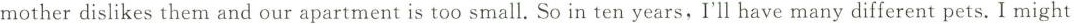
motherdislikes them and our apartment is too small. So in ten years,I'll have many different pets. I might